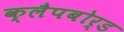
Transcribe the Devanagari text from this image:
क्लैपबोर्ड